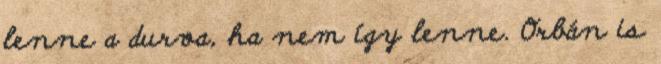
lenne a durva, ha nem így lenne. Orbán is